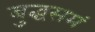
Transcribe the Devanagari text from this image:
बुद्धसमं